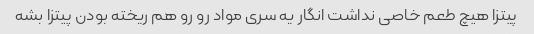
پیتزا هیچ طعم خاصی نداشت انگار یه سری مواد رو رو هم ریخته بودن پیتزا بشه